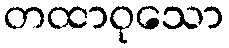
တထာဝုသော